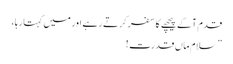
قدم آگے پیچھے کا سفر کرتے رہے اور میں کہتا رہا،
”سلام ماں قدرت !